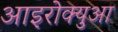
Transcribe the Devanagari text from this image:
आइरोक्युआ